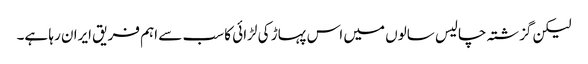
لیکن گزشتہ چالیس سالوں میں اس پہاڑ کی لڑائی کا سب سے اہم فریق ایران رہا ہے۔